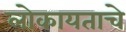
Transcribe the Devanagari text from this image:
लोकायताचे